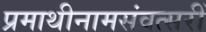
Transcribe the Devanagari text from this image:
प्रमाथीनामसंवत्सरीं